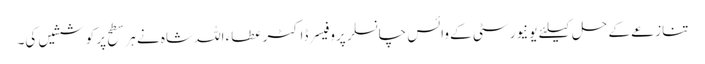
تنازعے کے حل کیلئے یونیورسٹی کے وائس چانسلر پروفیسر ڈاکٹر عطاء اللہ شاہ نے ہر سطح پر کوششیں کی۔